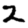
Digit: 2